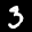
Label: 3